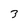
Character: 3